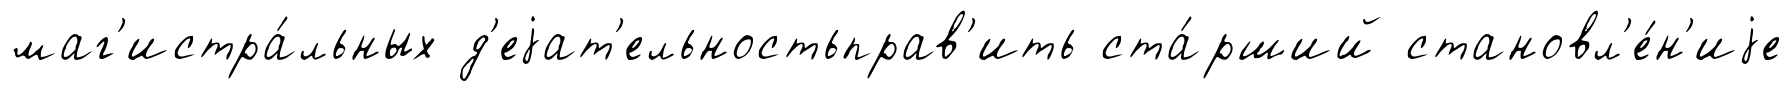
маг'истра́льных д'еjат'ельностьправ'ить ста́рший становл'е́н'иjе